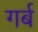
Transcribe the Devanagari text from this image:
गर्ब